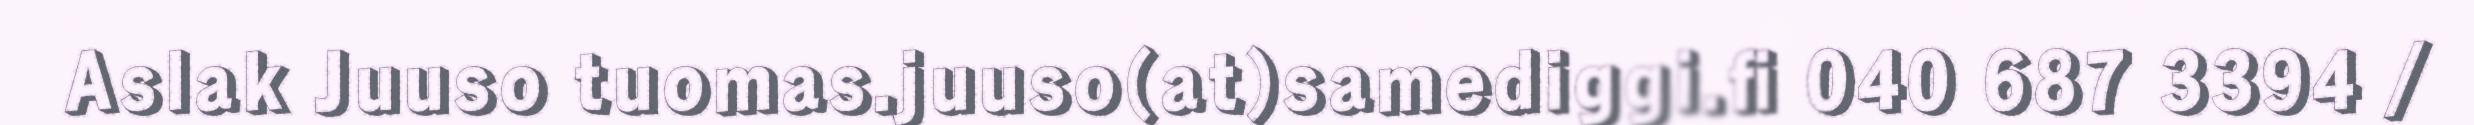
Aslak Juuso tuomas.juuso(at)samediggi.fi 040 687 3394 /